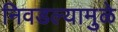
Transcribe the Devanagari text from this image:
निवडल्यामुळे